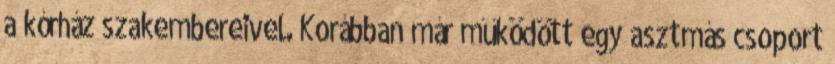
a kórház szakembereivel. Korábban már működött egy asztmás csoport